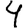
Digit: 4